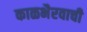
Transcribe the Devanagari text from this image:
काळभैरवाची